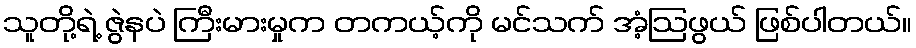
သူတို့ရဲ့ ဇွဲနပဲ ကြီးမားမှုက တကယ့်ကို မင်သက် အံ့ဩဖွယ် ဖြစ်ပါတယ်။